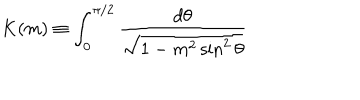
K ( m ) \equiv \int _ { 0 } ^ { \pi / 2 } \frac { d \theta } { \sqrt { 1 - m ^ { 2 } \sin ^ { 2 } { \theta } } } \,